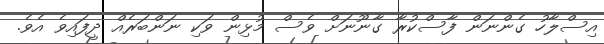
އިސްލާހު ގެންނަން ފާސްކުރާ ގާނޫނަށް ވެސް މުޅިން ވަކި ނަންބަރެއް ދީފައިވެ އެވެ.